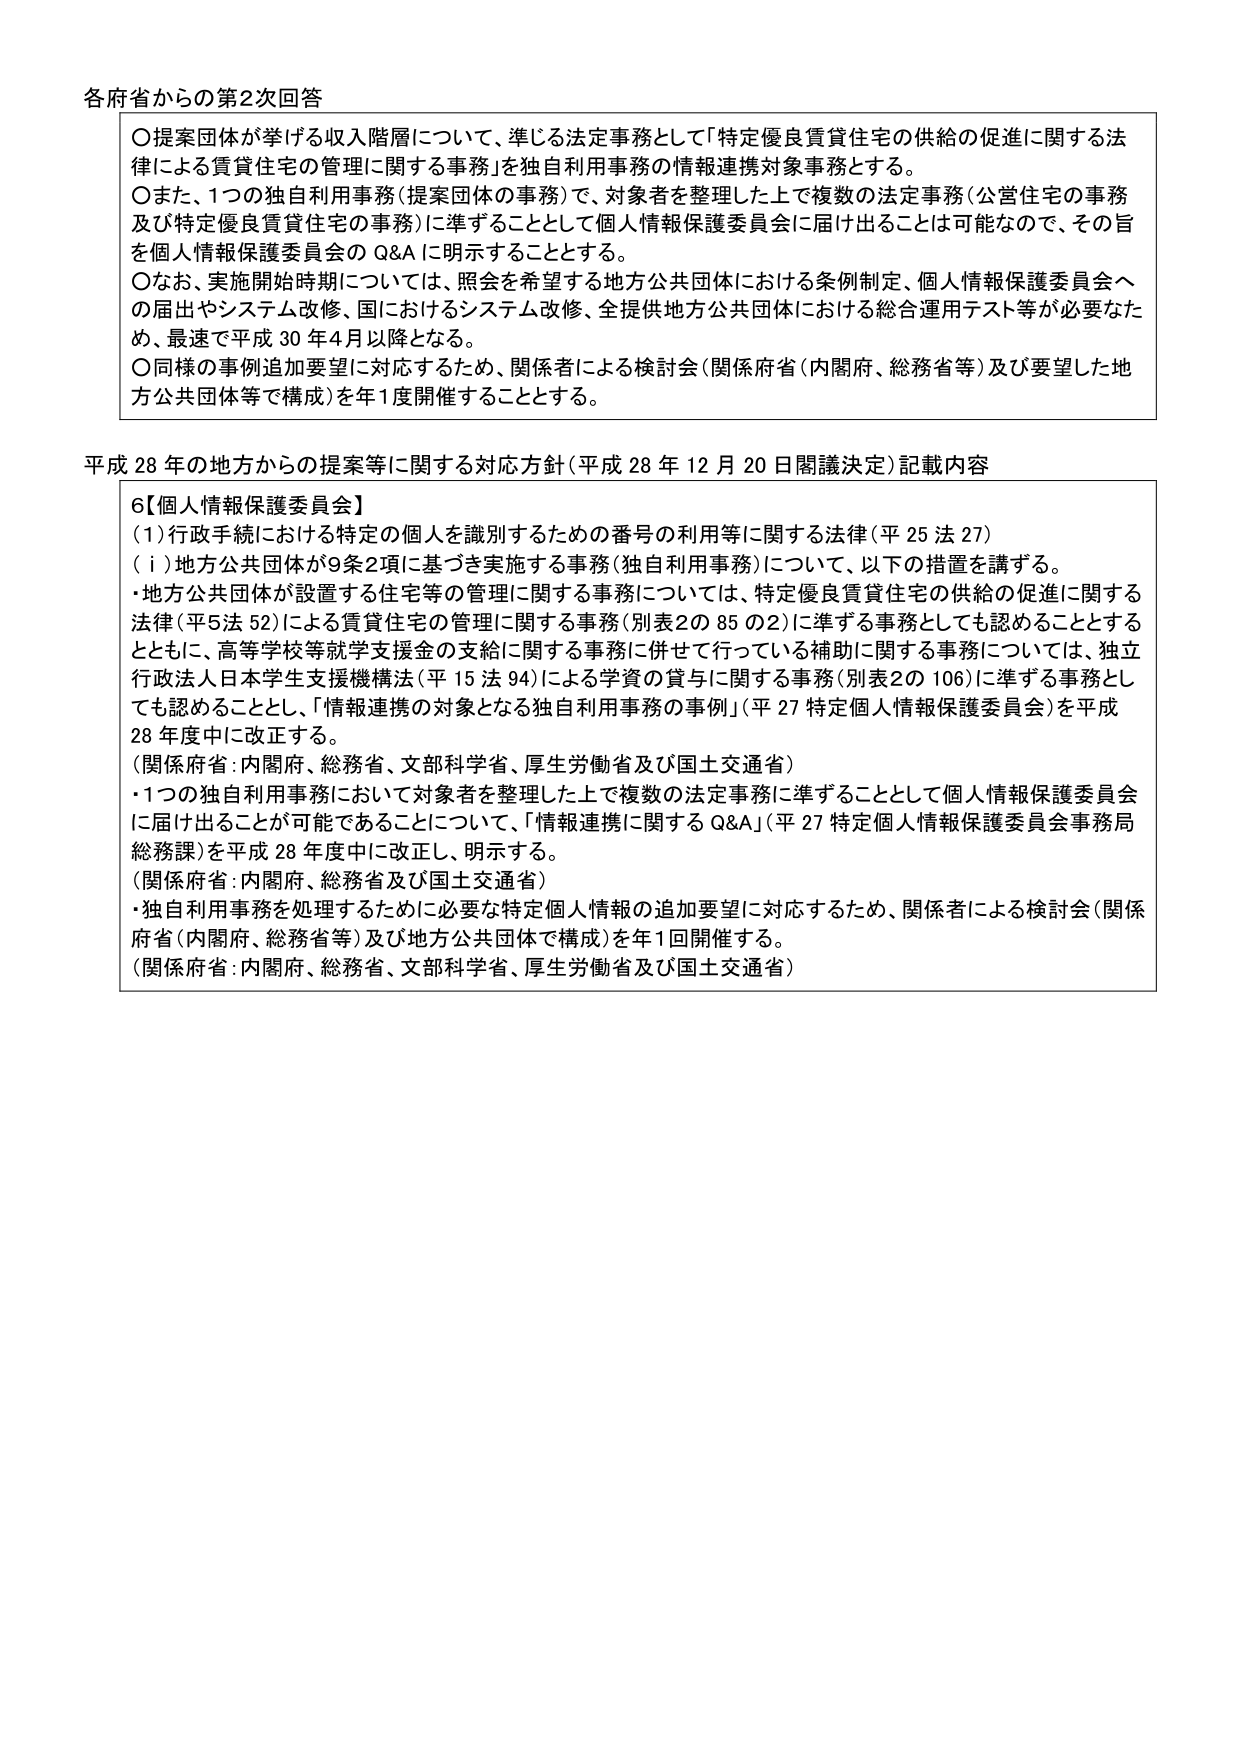
各府省からの第2次回答

〇提案団体が挙げる収入階層について、準じる法定事務として「特定優良賃貸住宅の供給の促進に関する法律による賃貸住宅の管理に関する事務」を独自利用事務の情報連携対象事務とする。
〇また、1つの独自利用事務（提案団体の事務）で、対象者を整理した上で複数の法定事務（公営住宅の事務及び特定優良賃貸住宅の事務）に準ずることとして個人情報保護委員会に届け出ることは可能なので、その旨を個人情報保護委員会のQ&Aに明示することとする。
〇なお、実施開始時期については、照会を希望する地方公共団体における条例制定、個人情報保護委員会への届出やシステム改修、国におけるシステム改修、全提供地方公共団体における総合運用テスト等が必要なため、最速で平成30年4月以降となる。
〇同様の事例追加要望に対応するため、関係者による検討会（関係府省（内閣府、総務省等）及び要望した地方公共団体等で構成）を年1度開催することとする。

平成28年の地方からの提案等に関する対応方針（平成28年12月20日閣議決定）記載内容

6【個人情報保護委員会】
（1）行政手続における特定の個人を識別するための番号の利用等に関する法律（平25法27）
（ⅰ）地方公共団体が9条2項に基づき実施する事務（独自利用事務）について、以下の措置を講ずる。
・地方公共団体が設置する住宅等の管理に関する事務については、特定優良賃貸住宅の供給の促進に関する法律（平5法52）による賃貸住宅の管理に関する事務（別表2の85の2）に準ずる事務としても認めることとするとともに、高等学校等就学支援金の支給に関する事務に併せて行っている補助に関する事務については、独立行政法人日本学生支援機構法（平15法94）による学資の貸与に関する事務（別表2の106）に準ずる事務としても認めることとし、「情報連携の対象となる独自利用事務の事例」（平27特定個人情報保護委員会）を平成28年度中に改正する。
（関係府省：内閣府、総務省、文部科学省、厚生労働省及び国土交通省）
・1つの独自利用事務において対象者を整理した上で複数の法定事務に準ずることとして個人情報保護委員会に届け出ることが可能であることについて、「情報連携に関するQ&A」（平27特定個人情報保護委員会事務局総務課）を平成28年度中に改正し、明示する。
（関係府省：内閣府、総務省及び国土交通省）
・独自利用事務を処理するために必要な特定個人情報の追加要望に対応するため、関係者による検討会（関係府省（内閣府、総務省等）及び地方公共団体で構成）を年1回開催する。
（関係府省：内閣府、総務省、文部科学省、厚生労働省及び国土交通省）